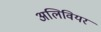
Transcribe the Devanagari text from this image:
अलिवियर